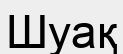
Шуақ